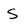
Character: S